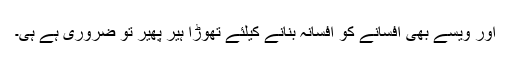
اور ویسے بھی افسانے کو افسانہ بنانے کیلئے تھوڑا ہیر پھیر تو ضروری ہے ہی۔